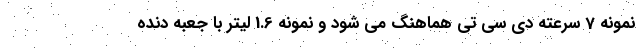
نمونه 7 سرعته دی سی تی هماهنگ می شود و نمونه 1.6 لیتر با جعبه دنده